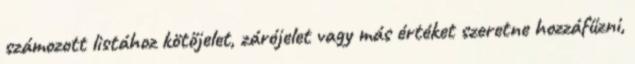
számozott listához kötőjelet, zárójelet vagy más értéket szeretne hozzáfűzni,